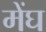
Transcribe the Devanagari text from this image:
मेंघ